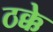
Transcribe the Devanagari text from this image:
ठक्के